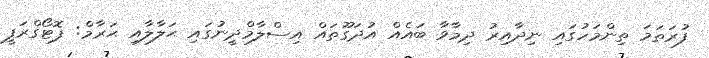
ފުރަތަމަ ތިންމަހުގައި ނިދާއިރު ދިމާވާ ބައެއް އުދަގޫތައް އިސްލާމްދީނުގައި ޙަލާލާއި ޙަރާމް: ފޮޓޯގްރަފީ